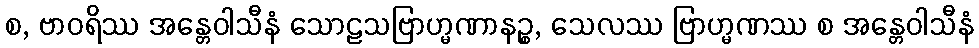
စ, ဗာဝရိဿ အန္တေဝါသီနံ သောဠသဗြာဟ္မဏာနဉ္စ, သေလဿ ဗြာဟ္မဏဿ စ အန္တေဝါသီနံ